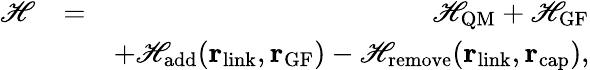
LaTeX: \begin{array}{rlr}{\mathscr{H}}&{=}&{\mathscr{H}_{\textrm{QM}}+\mathscr{H}_{\textrm{GF}}}\\ &{}&{+\mathscr{H}_{\textrm{add}}({\mathbf r}_{\textrm{link}},{\mathbf r}_{\textrm{GF}})-\mathscr{H}_{\textrm{remove}}({\mathbf r}_{\textrm{link}},{\mathbf r}_{\textrm{cap}}),}\end{array}